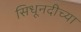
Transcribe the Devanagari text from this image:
सिधूनदीच्या